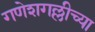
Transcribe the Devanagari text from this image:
गणेशगल्लीच्या